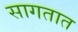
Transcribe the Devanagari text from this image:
सागतात